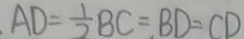
A D = \frac { 1 } { 2 } B C = B D = C D